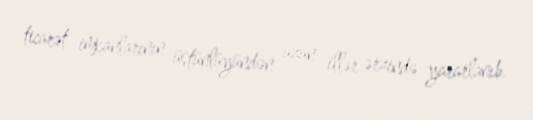
ticarət imkanlarının üstünlüyündən uzun illər ərzində yararlanıb.